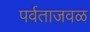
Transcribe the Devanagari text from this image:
पर्वताजवळ